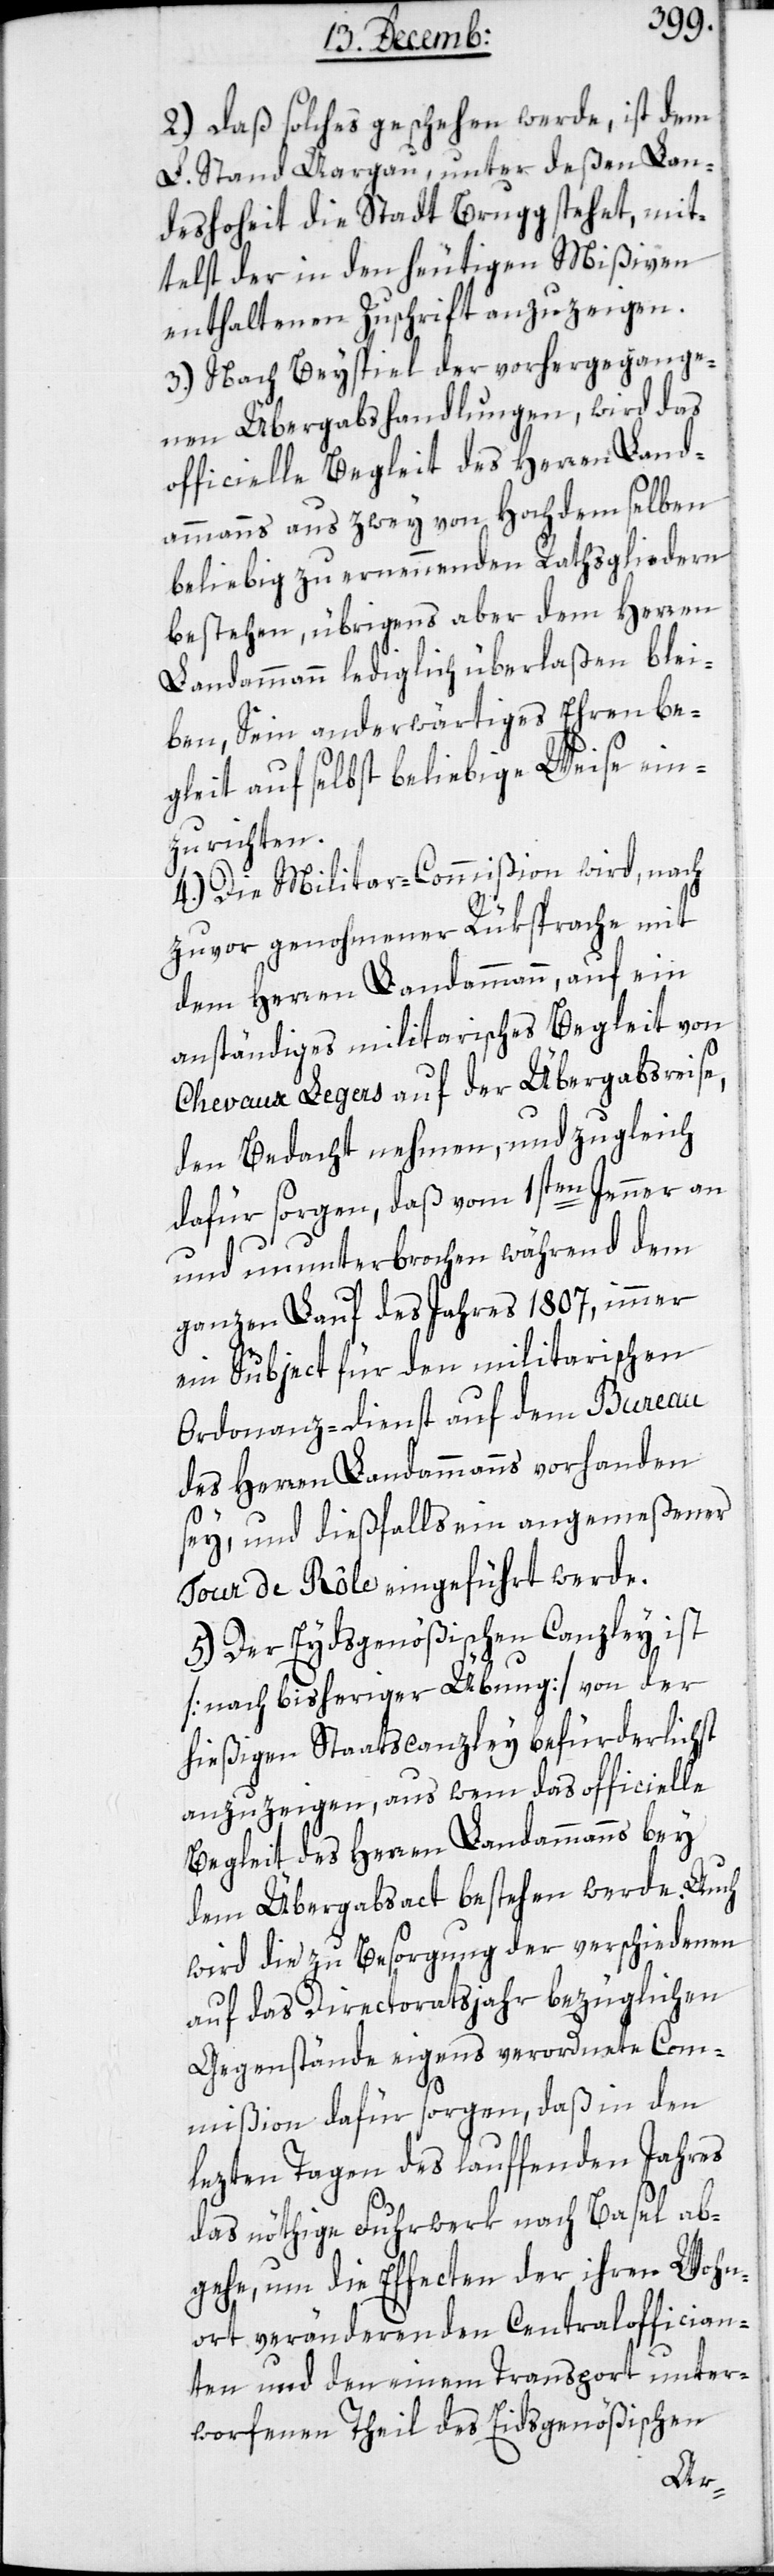
2.) Daß solches geschehen werde, ist dem
L. Stand Aargau, unter deßen Lan¬
deshoheit die Stadt Brugg stehet, mit¬
telst der in den heutigen Mißiven
enthaltenen Zuschrift anzuzeigen.
3.) Nach Beyspiel der vorhergegange¬
nen Übergabshandlungen, wird das
officielle Begleit des Herren Land¬
ammanns aus zwey von Hochdemselben
beliebig zu ernennden Rathsgliedern
beßtehen, übrigens aber dem Herren
Landammann lediglich überlaßen blei¬
ben, Sein anderwärtiges Ehrenbe¬
gleit auf selbst beliebige Weise ein¬
zurichten.
4.) Die Militar-Commißion wird, nach
zuvor genohmener Rüksprache mit
dem Herren Landammann, auf ein
anständiges militairisches Begleit von
Chevaux Legers auf der Übergabsreise,
den Bedacht nehmen, und zugleich
dafür sorgen, daß vom 1sten Jenner an
und ununterbrochen während dem
ganzen Lauf des Jahres 1807, immer
ein Subject für den militairischen
Ordonnanz-dienst auf dem Bureau
des Herren Landammanns vorhanden
sey, und dießfalls ein angemeßener
Tour de Rôle eingeführt werde.
5. Der Eydsgenößischen Canzley ist
[nach bisheriger Übung] von der
hießigen Staatscanzley befürderlichst
anzuzeigen, aus wem das officielle
Begleit des Herren Landammanns bey
dem Übergabsact beßtehen werde. Auch
wird die zu Besorgung der verschiedenen
auf das Directoratsjahr bezüglichen
Gegenstände eigens verordnete Com¬
mißion dafür sorgen, daß in den
lezten Tagen des laufenden Jahres
das nöthige Fuhrwerk nach Basel ab¬
gehe, um die Effecten der ihren Wohn¬
ort verändernden Centraloffician¬
ten und den einem Transport unter¬
worfenen Theil des Eidsgenößischen